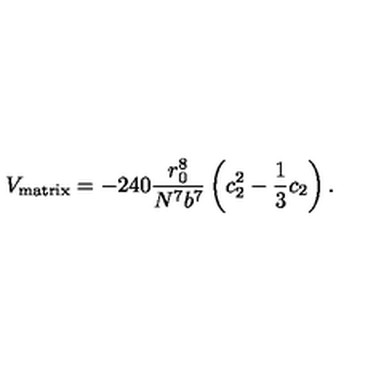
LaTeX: V _ { \mathrm { m a t r i x } } = - 2 4 0 { \frac { r _ { 0 } ^ { 8 } } { N ^ { 7 } b ^ { 7 } } } \left( c _ { 2 } ^ { 2 } - { \frac { 1 } { 3 } } c _ { 2 } \right) .